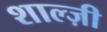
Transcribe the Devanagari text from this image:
शाल्ज़ी